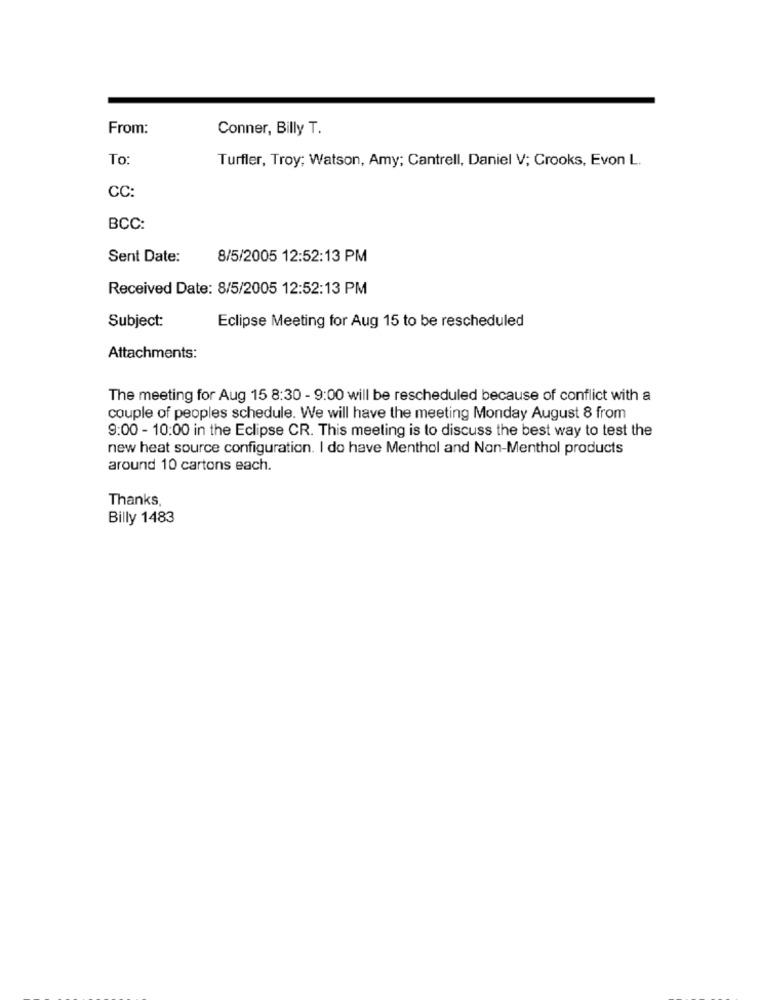
From:
Conner, Billy T.
To
Turfler, Troy; Watson, Amy; Cantrell, Daniel V; Crooks, Evon L.
CC:
BCC:
Sent Date:
8/5/2005 12:52:13 PM
Received Date: 8/5/2005 12:52:13 PM
Subject:
Eclipse Meeting for Aug 15 to be rescheduled
Attachments:
The meeting for Aug 15 8:30 - 9:00 will be rescheduled because of conflict with a
couple of peoples schedule. We will have the meeting Monday August 8 from
9:00 - 10:00 in the Eclipse CR. This meeting is to discuss the best way to test the
new heat source configuration. I do have Menthol and Non-Menthol products
around 10 cartons each.
Thanks,
Billy 1483